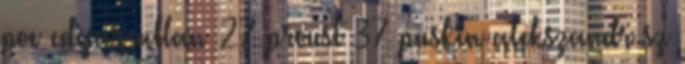
poe edgar allan 27 proust 37 puskin alekszandr sz